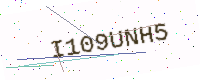
Text: I109UNH5